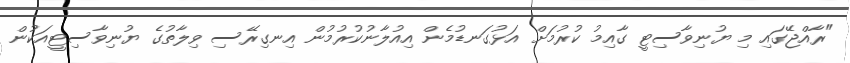
"ރާއްޖޭގައި މި ޔުނިވާސިޓީ ގާއިމު ކުރުމަށް އަޅުގަނޑުމެން އިއުލާނުކުރުމުން އިނގިރޭސި ވިލާތުގެ ޔުނިވާސިޓީއަކުން